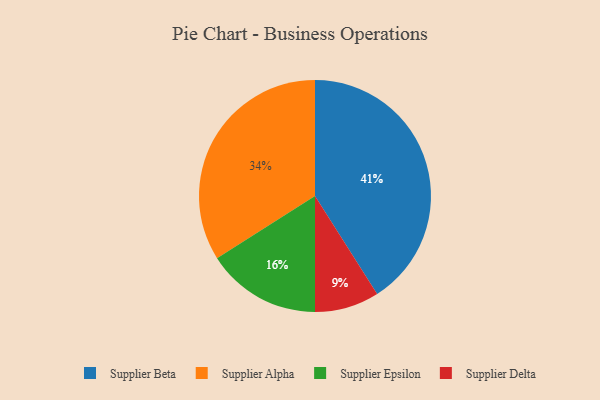
{"axis": {"x": "Category", "y": "Percentage"}, "legend": ["Supplier Alpha", "Supplier Beta", "Supplier Delta", "Supplier Epsilon"], "data": [{"x": "Supplier Delta", "y": 9, "type": "Supplier Delta"}, {"x": "Supplier Epsilon", "y": 16, "type": "Supplier Epsilon"}, {"x": "Supplier Beta", "y": 41, "type": "Supplier Beta"}, {"x": "Supplier Alpha", "y": 34, "type": "Supplier Alpha"}]}